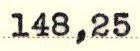
148,25